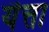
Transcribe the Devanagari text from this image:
यॆत्ता